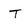
Character: t